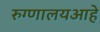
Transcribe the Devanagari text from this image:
रुग्णालयआहे